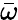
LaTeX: \bar{\omega}